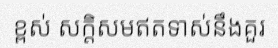
ខ្ពស់ សក្តិសមឥតទាស់នឹងគួរ